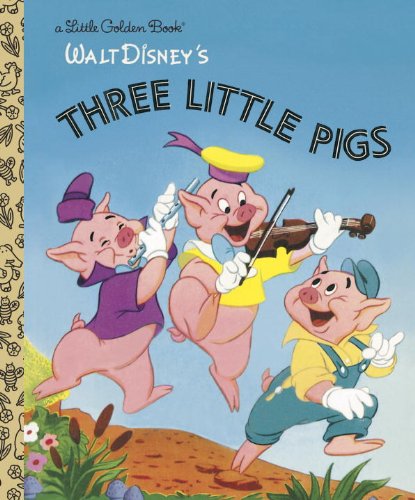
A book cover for The Three Little Pigs (Disney Classic) (Little Golden Book); RH Disney; Children's Books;